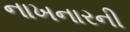
નાખનારની